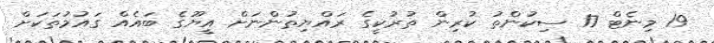
19 މިނެޓް 17 ސިކުންތު ކުރިން ތުރުކީގެ ރައްޔިތުންނަށް އީޔޫގެ ބައެއް ގައުމުތަކަށް